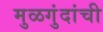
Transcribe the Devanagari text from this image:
मुळगुंदांची